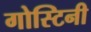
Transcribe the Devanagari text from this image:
गोस्टिनी